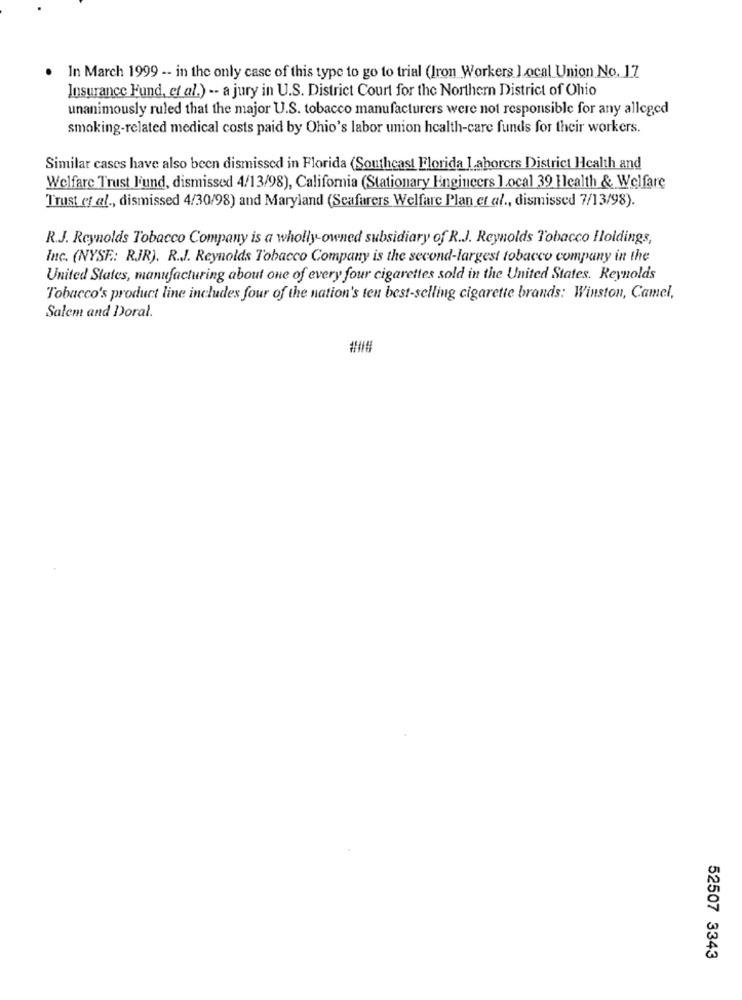
In March 1999 -- in the only case of this type to go to trial (Iron Workers Local Union No. 17
Insurance Fund, et al.) -- a jury in U.S. District Court for the Northern District of Ohio
unanimously ruled that the major U.S. tobacco manufacturers were not responsible for any alleged
smoking-related medical costs paid by Ohio's labor union health-care funds for their workers.
Similar cases have also been dismissed in Florida (Southeast Florida laborers District Health and
Welfare Trust l'und, dismissed 4/13/98), California (Stationary Engineers local 39 Health & Welfare
Trust et al ., dismissed 4/30/98) and Maryland (Seafarers Welfare Plan et al ., dismissed 7/13/98).
R.J. Reynolds Tobacco Company is a wholly owned subsidiary of R.J. Reynolds Tobacco Holdings,
Inc. (NYSE: RJR). R.J. Reynolds Tobacco Company is the second-largest tobacco company in the
United States, manufacturing about one of every four cigarettes sold in the United States. Reynolds
Tobacco's product line includes four of the nation's ten best-selling cigarette brands: Winston, Camel,
Salem and Doral.
###
52507 3343